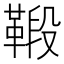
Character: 𩋦